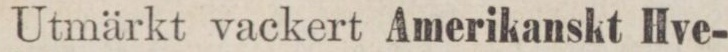
Utmärkt vackert Amerikanskt Hve-